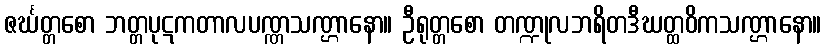
ဇင်္ဃတ္တစော ဘတ္တပုဋကတာလပဏ္ဏသဏ္ဌာနော။ ဦရုတ္တစော တဏ္ဍုလဘရိတဒီဃတ္ထဝိကသဏ္ဌာနော။